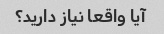
آیا واقعا نیاز دارید؟